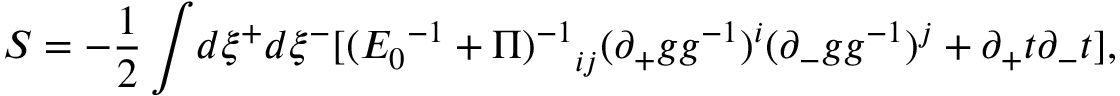
S = - \frac { 1 } { 2 } \int \! d \xi ^ { + } d \xi ^ { - } [ { ( { E _ { 0 } } ^ { - 1 } + \Pi ) ^ { - 1 } } _ { i j } ( \partial _ { + } g g ^ { - 1 } ) ^ { i } ( \partial _ { - } g g ^ { - 1 } ) ^ { j } + \partial _ { + } t \partial _ { - } t ] ,